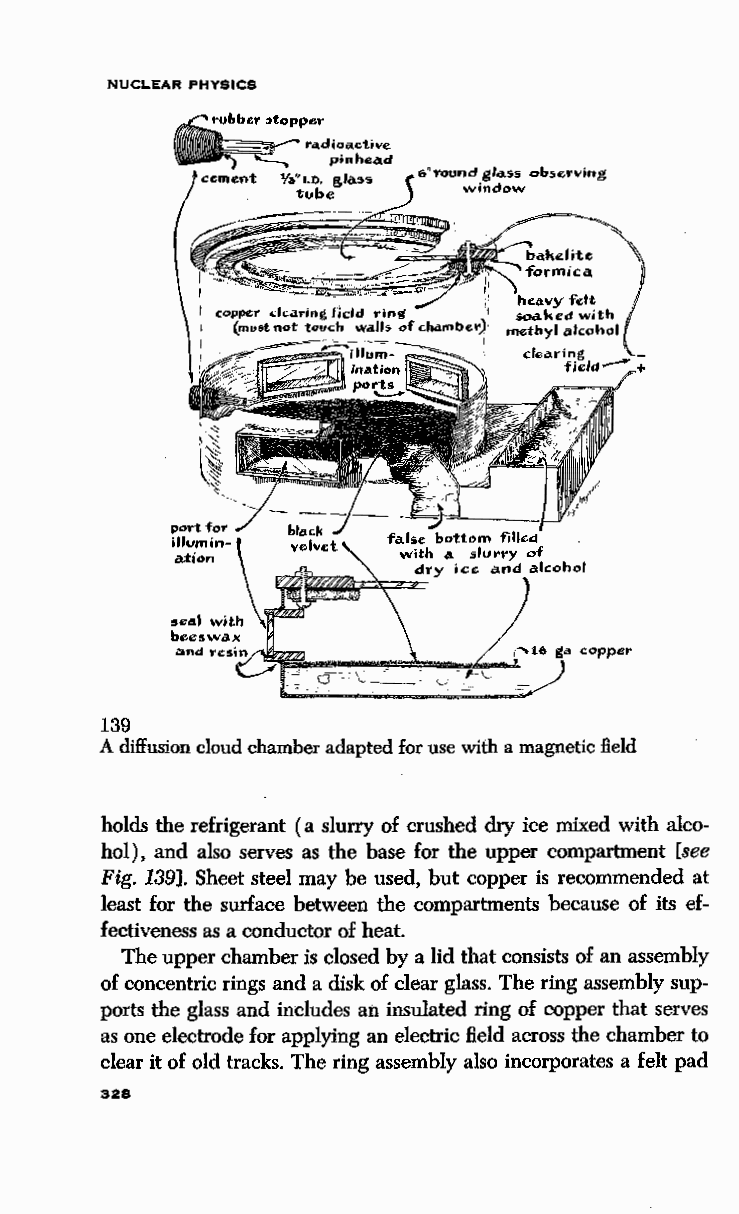
NUCLEAR PHYSICS
 6"YOUnd gfa.ss observing
 window
 139
 A diffusion cloud chamber adapted for use with a magnetic field
 holds the refrigerant ( a slurry of crushed dry ice mixed with alco
 hol), and also serves as the base for the upper compartment [see
 Fig. 139]. Sheet steel may be used, but copper is recommended at
 least for the surface between the compartments because of its ef
 fectiveness as a conductor of heat.
 The upper chamber is closed by a lid that consists of an assembly
 of concentric rings and a disk of clear glass. The ring assembly sup
 ports the glass and includes an insulated ring of copper that serves
 as one electrode for applying an electric field across the chamber to
 clear it of old tracks. The ring assembly also incorporates a felt pad
 328